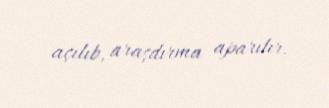
açılıb, araşdırma aparılır.